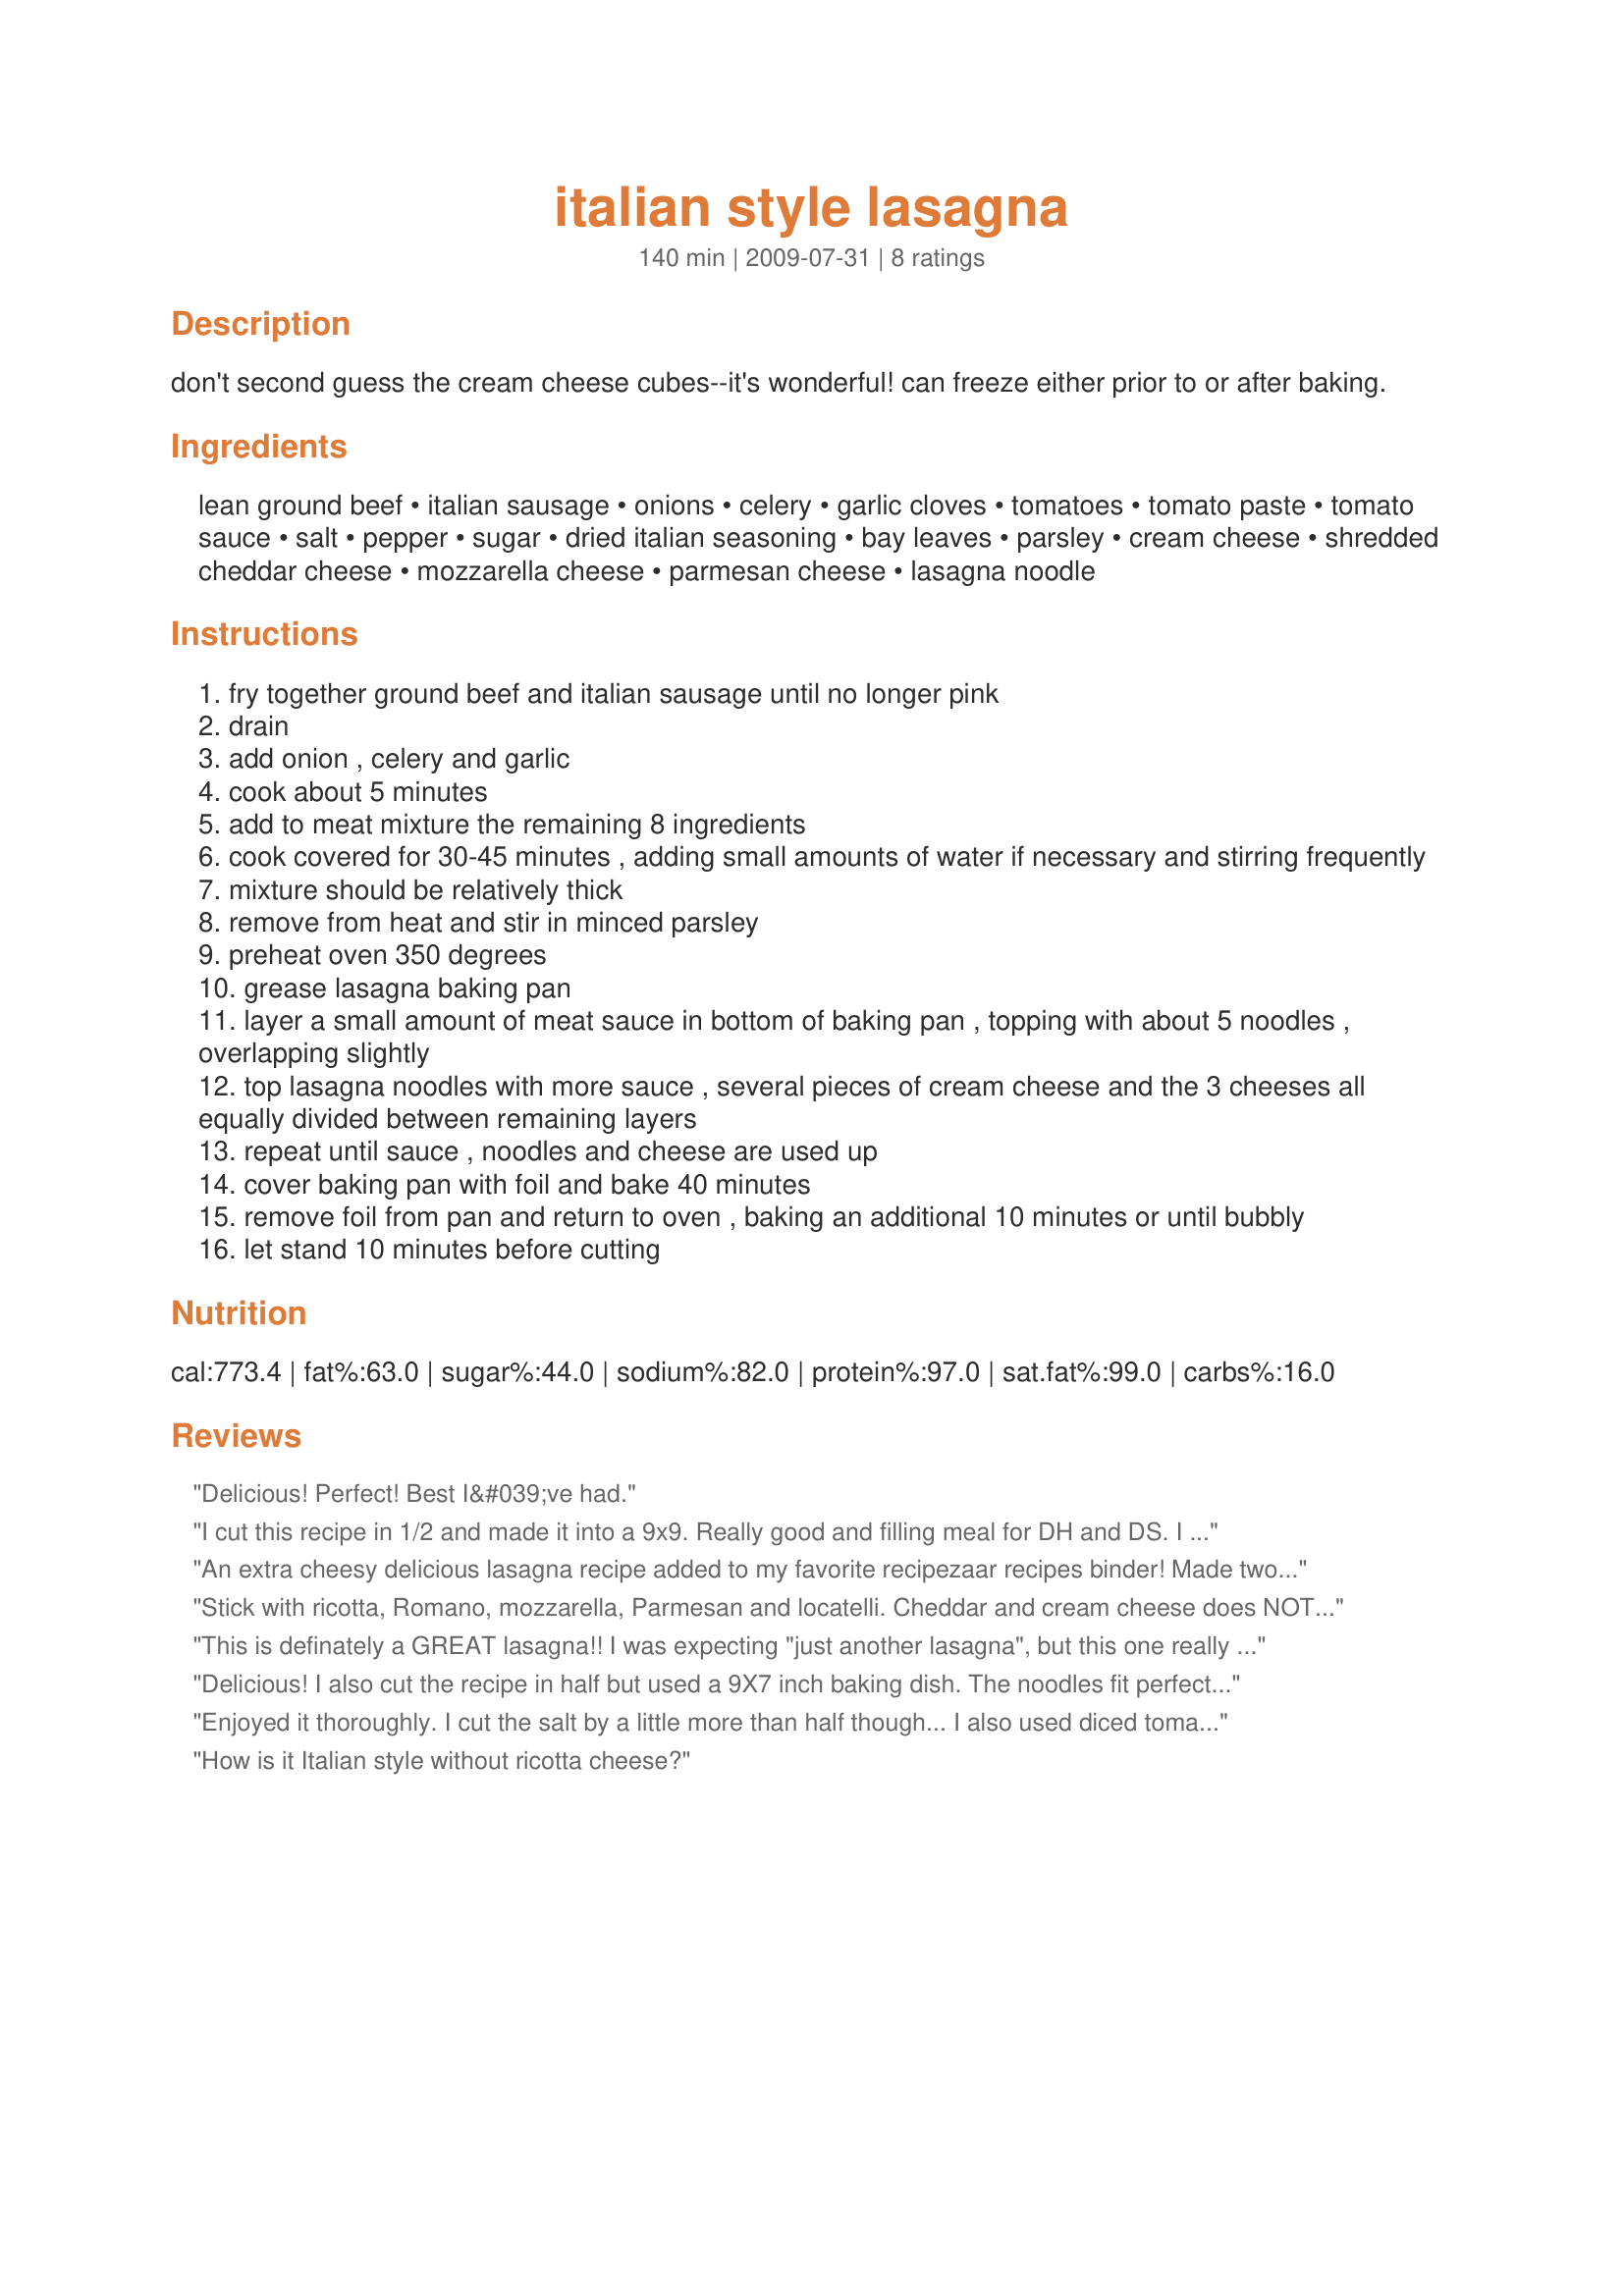
italian style lasagna
Preparation time: 140 minutes

don't second guess the cream cheese cubes--it's wonderful! can freeze either prior to or after baking.

Ingredients:
lean ground beef, italian sausage, onions, celery, garlic cloves, tomatoes, tomato paste, tomato sauce, salt, pepper, sugar, dried italian seasoning, bay leaves, parsley, cream cheese, shredded cheddar cheese, mozzarella cheese, parmesan cheese, lasagna noodle

Steps:
fry together ground beef and italian sausage until no longer pink
drain
add onion , celery and garlic
cook about 5 minutes
add to meat mixture the remaining 8 ingredients
cook covered for 30-45 minutes , adding small amounts of water if necessary and stirring frequently
mixture should be relatively thick
remove from heat and stir in minced parsley
preheat oven 350 degrees
grease lasagna baking pan
layer a small amount of meat sauce in bottom of baking pan , topping with about 5 noodles , overlapping slightly
top lasagna noodles with more sauce , several pieces of cream cheese and the 3 cheeses all equally divided between remaining layers
repeat until sauce , noodles and cheese are used up
cover baking pan with foil and bake 40 minutes
remove foil from pan and return to oven , baking an additional 10 minutes or until bubbly
let stand 10 minutes before cutting

Reviews:
Delicious! Perfect! Best I&#039;ve had.
I cut this recipe in 1/2 and made it into a 9x9. Really good and filling meal for DH and DS. I omitted the celery but otherwise followed the recipe as written. I also should add I didn't boil my noodles ahead of time as I quit doing that some time ago upon learning that it really isn't needed:-) Thanks for a great supper!~
Made for PRMR.
An extra cheesy delicious lasagna recipe added to my favorite recipezaar recipes binder! Made two 9 inch square casseroles, exactly as written, and froze one unbaked for later. I spread the lightly cooked lasagna noodles in a single layer on a lightly oiled cookie sheet to prevent sticking while assembling the lasagna. Served with garden salad and garlic bread.
Stick with ricotta, Romano, mozzarella, Parmesan and locatelli. Cheddar and cream cheese does NOT taste Italian. If you don't want mushy noodles place them in boiling water just long enough that they bend slightly but break if you bend them too far. (About 2 minutes) Make sure each one is covered with sauce. They'll come out perfect al dente.
This is definately a GREAT lasagna!! I was expecting "just another lasagna", but this one really excited me! Thanks so much- will be making again!! Oh- and thanks for the wonderful tip on spraying the aluminum foil with oil! DEFINATELY need to remember that- :)
Delicious! I also cut the recipe in half but used a 9X7 inch baking dish. The noodles fit perfectly in the pan with three layers of three noodles overlapping a bit. I used a sweet Italian sausage. Loved the flavor of the sauce. I did add an additional oz of cream cheese giving me 1 oz per layer. The cream cheese doesn't melt but does give you a nice burst of cheesiness when you bite into it. Thanks for posting. :)
Enjoyed it thoroughly. I cut the salt by a little more than half though... I also used diced tomatoes flavoured with garlic, onion and celery. Will definitely make again!
How is it Italian style without ricotta cheese?
